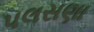
પલસણા